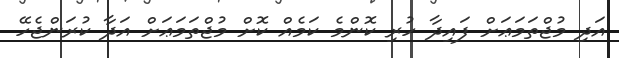
އަދި މުޖްތަމަޢަށް ފައިދާ ހުރި ކޮންމެ ކަމެއް ކޮށް މުޖްތަމަޢަށް އަދާ ކުރަންޖެހޭ